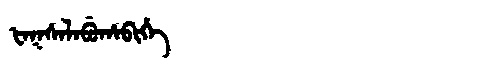
Manchu: ᡶᠠᡴᠰᠠᠯᠠᠪᡠᡥᠠᠪᡳᡥᡝ
Romanization: FAKSALABUHABIHE